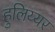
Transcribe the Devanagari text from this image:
हुलिय्यर